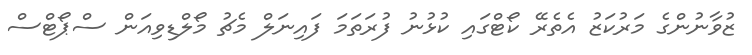
ޒުވާނުންގެ މަރުކަޒު އެތެރޭ ކޯޓްގައި ކުޅުނު ފުރަތަމަ ފައިނަލް މެޗު މޯލްޑިވިއަން ސްޕޯޓްސް